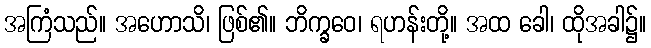
အကြံသည်။ အဟောသိ၊ ဖြစ်၏။ ဘိက္ခဝေ၊ ရဟန်းတို့။ အထ ခေါ၊ ထိုအခါ၌။